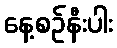
နေ့စဉ်နီးပါး